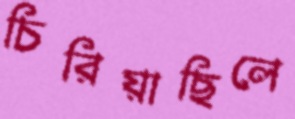
চিরিয়াছিলে